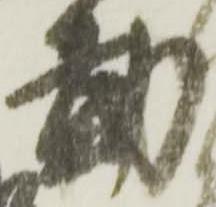
勤